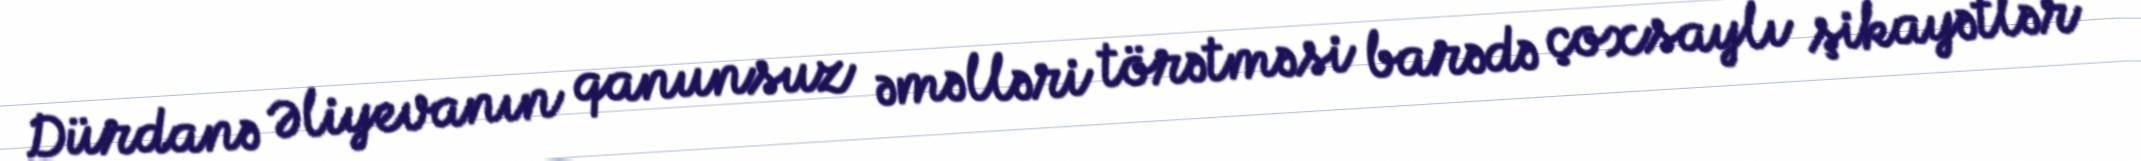
Dürdanə Əliyevanın qanunsuz əməlləri törətməsi barədə çoxsaylı şikayətlər